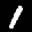
Label: 1